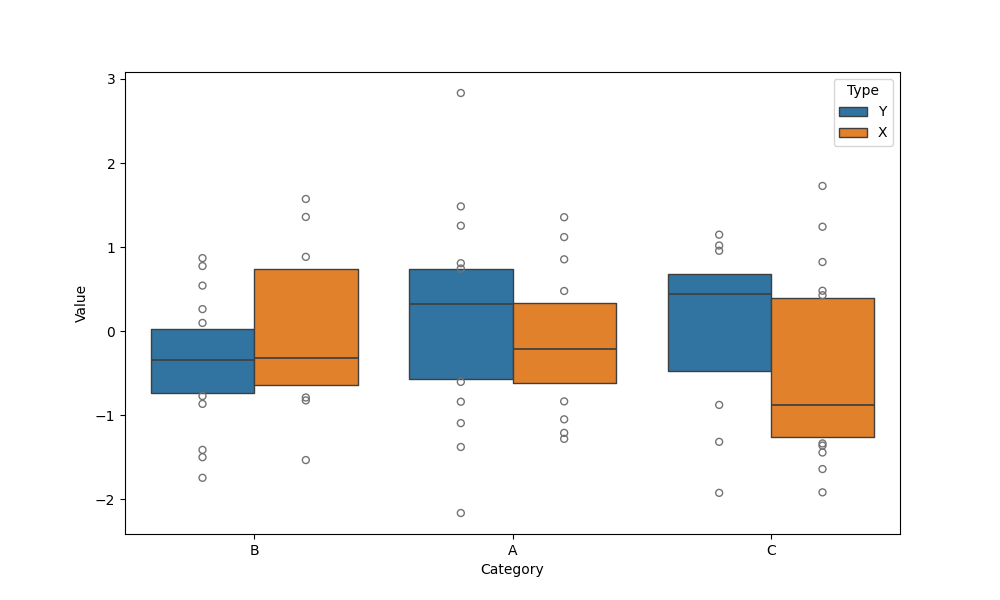
python, seaborn, boxenplot, k_depth='tukey', linewidth=1, scale='exponential', outlier_prop=0.2, showfliers=True